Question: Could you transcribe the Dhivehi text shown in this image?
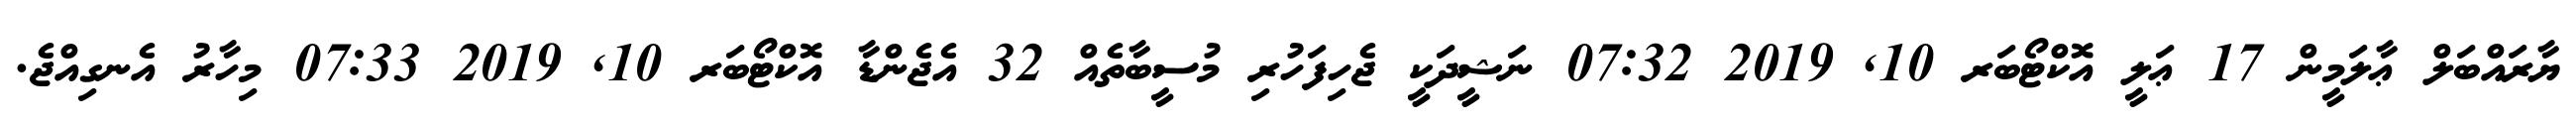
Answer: ޔާރައްބަލް ޢާލަމީން 17 ޢަލީ އޮކްޓޯބަރ 10, 2019 07:32 ނަޝީދަކީ ޖެހިފަހުރި މުސީބާތެއް 32 އެޖެންޑާ އޮކްޓޯބަރ 10, 2019 07:33 މިހާރު އެނގިއްޖެ.